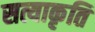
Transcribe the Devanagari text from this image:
सत्याकृति